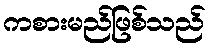
ကစားမည်ဖြစ်သည်